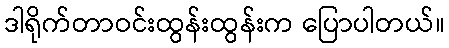
ဒါရိုက်တာဝင်းထွန်းထွန်းက ပြောပါတယ်။